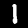
Digit: 1